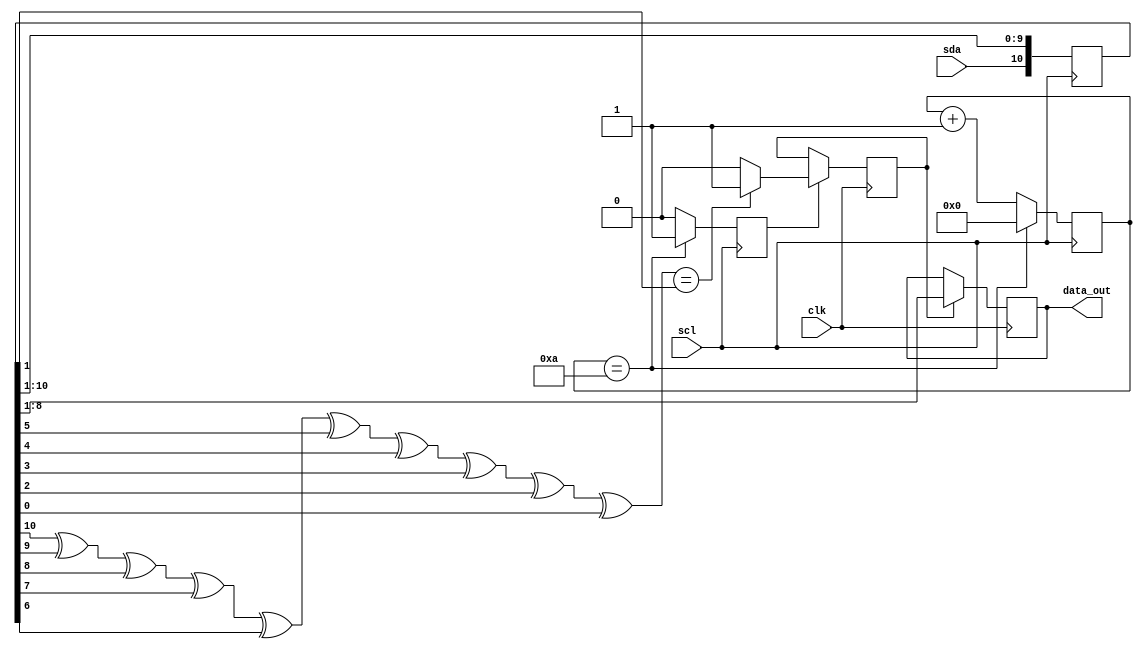
module ps2(
input clk, //clock placa
input scl, //clock de la tastatura
input sda,	//date de la tastatura
output [7:0]data_out 
);

reg data_valid=0;
reg [10:0]scan_code; 
reg [7:0]codeword=8'h0;
reg [3:0]bit_cnt=0;
reg data_received=0;

always @(negedge scl) begin
	//scan_code[bit_cnt] <= sda;
	scan_code[10:0] <= {sda, scan_code[10:1]};
	if(bit_cnt == 10) begin
		data_received <= 1;
		bit_cnt <= 0;
		
	end
	else begin
		bit_cnt <= bit_cnt + 1;
		data_received <= 0;
	end
end

always @(posedge clk) begin
if(data_received == 1) begin
	if((scan_code[10]^scan_code[9]^scan_code[8]^scan_code[7]^scan_code[6]^scan_code[5]^scan_code[4]^scan_code[3]^scan_code[2]^scan_code[0]) == scan_code[1])
		data_valid <= 1;
		else
		data_valid <= 0;
	end

if (data_valid) begin
	codeword <= scan_code[8:1];
end
	
end

assign data_out = codeword;

endmodule